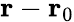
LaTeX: \mathbf{r}-\mathbf{r}_{0}